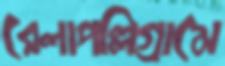
রেলাপল্লিগ্রামে